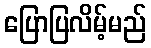
ပြောပြလိမ့်မည်